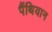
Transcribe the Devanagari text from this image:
पैंथियान